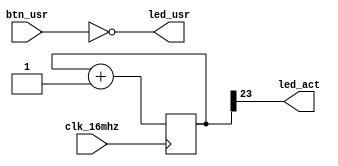
module top(
    input clk_16mhz,

    input btn_usr,

    output led_usr,
    output led_act,

);

    assign led_usr = ~btn_usr;
    assign led_act = ctr[23];

	reg [24:0] ctr = 0;
    always @(posedge clk_16mhz) begin
        ctr <= ctr + 1;
    end

endmodule